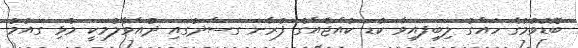
ބޮޑުވުމުގެ ހައްގު ލިބިފައިވާ ކުޑަ ކުއްޖެއްގެ ފުރާނަ ގަސްދުގައި ދުއްވާލުމަކީ މުޅި ގައުމު